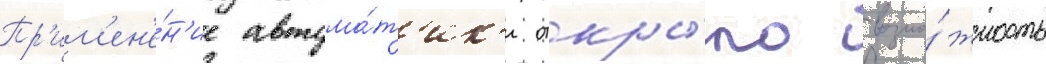
Пр'им'ен'е́н'ие автома́т'ик'и откры́ло возмо́жность